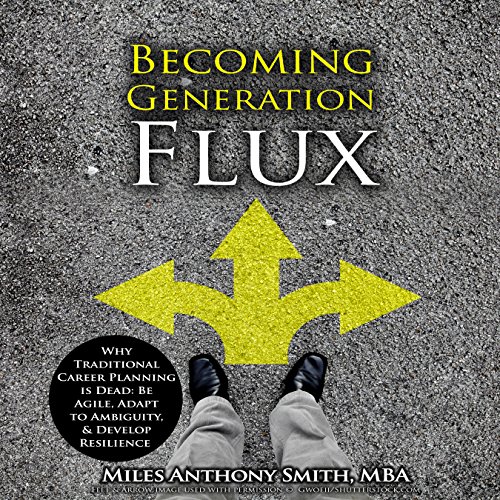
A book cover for Becoming Generation Flux: Why Traditional Career Planning is Dead: How to be Agile, Adapt to Ambiguity, and Develop Resilience; Miles Anthony Smith; Education & Teaching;